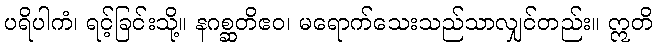
ပရိပါကံ၊ ရင့်ခြင်းသို့။ နဂစ္ဆတိဧဝ၊ မရောက်သေးသည်သာလျှင်တည်း။ ဣတိ